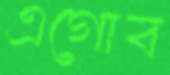
এগোব